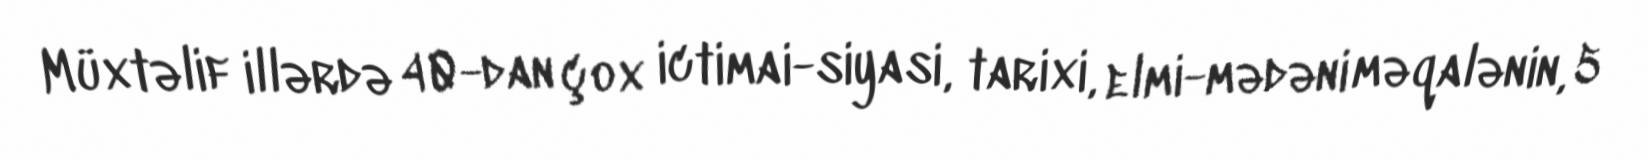
Müxtəlif illərdə 40-dan çox ictimai-siyasi, tarixi, elmi-mədəni məqalənin, 5